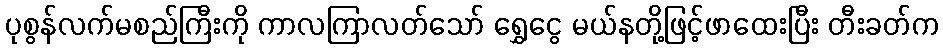
ပုစွန်လက်မစည်ကြီးကို ကာလကြာလတ်သော် ရွှေငွေ မယ်နတို့ဖြင့်ဖာထေးပြီး တီးခတ်က